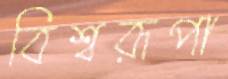
বিশ্বরূপা